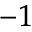
^ { - 1 }